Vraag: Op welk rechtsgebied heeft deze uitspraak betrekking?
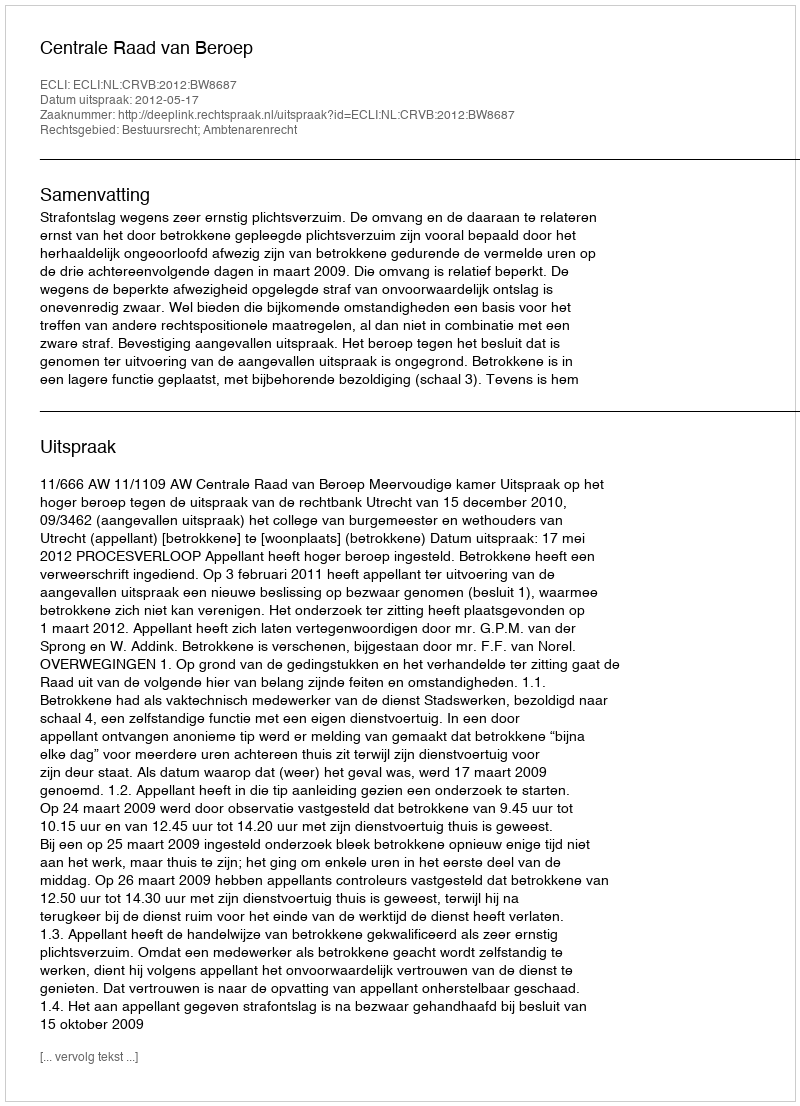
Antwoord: Bestuursrecht; Ambtenarenrecht